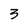
Character: 3